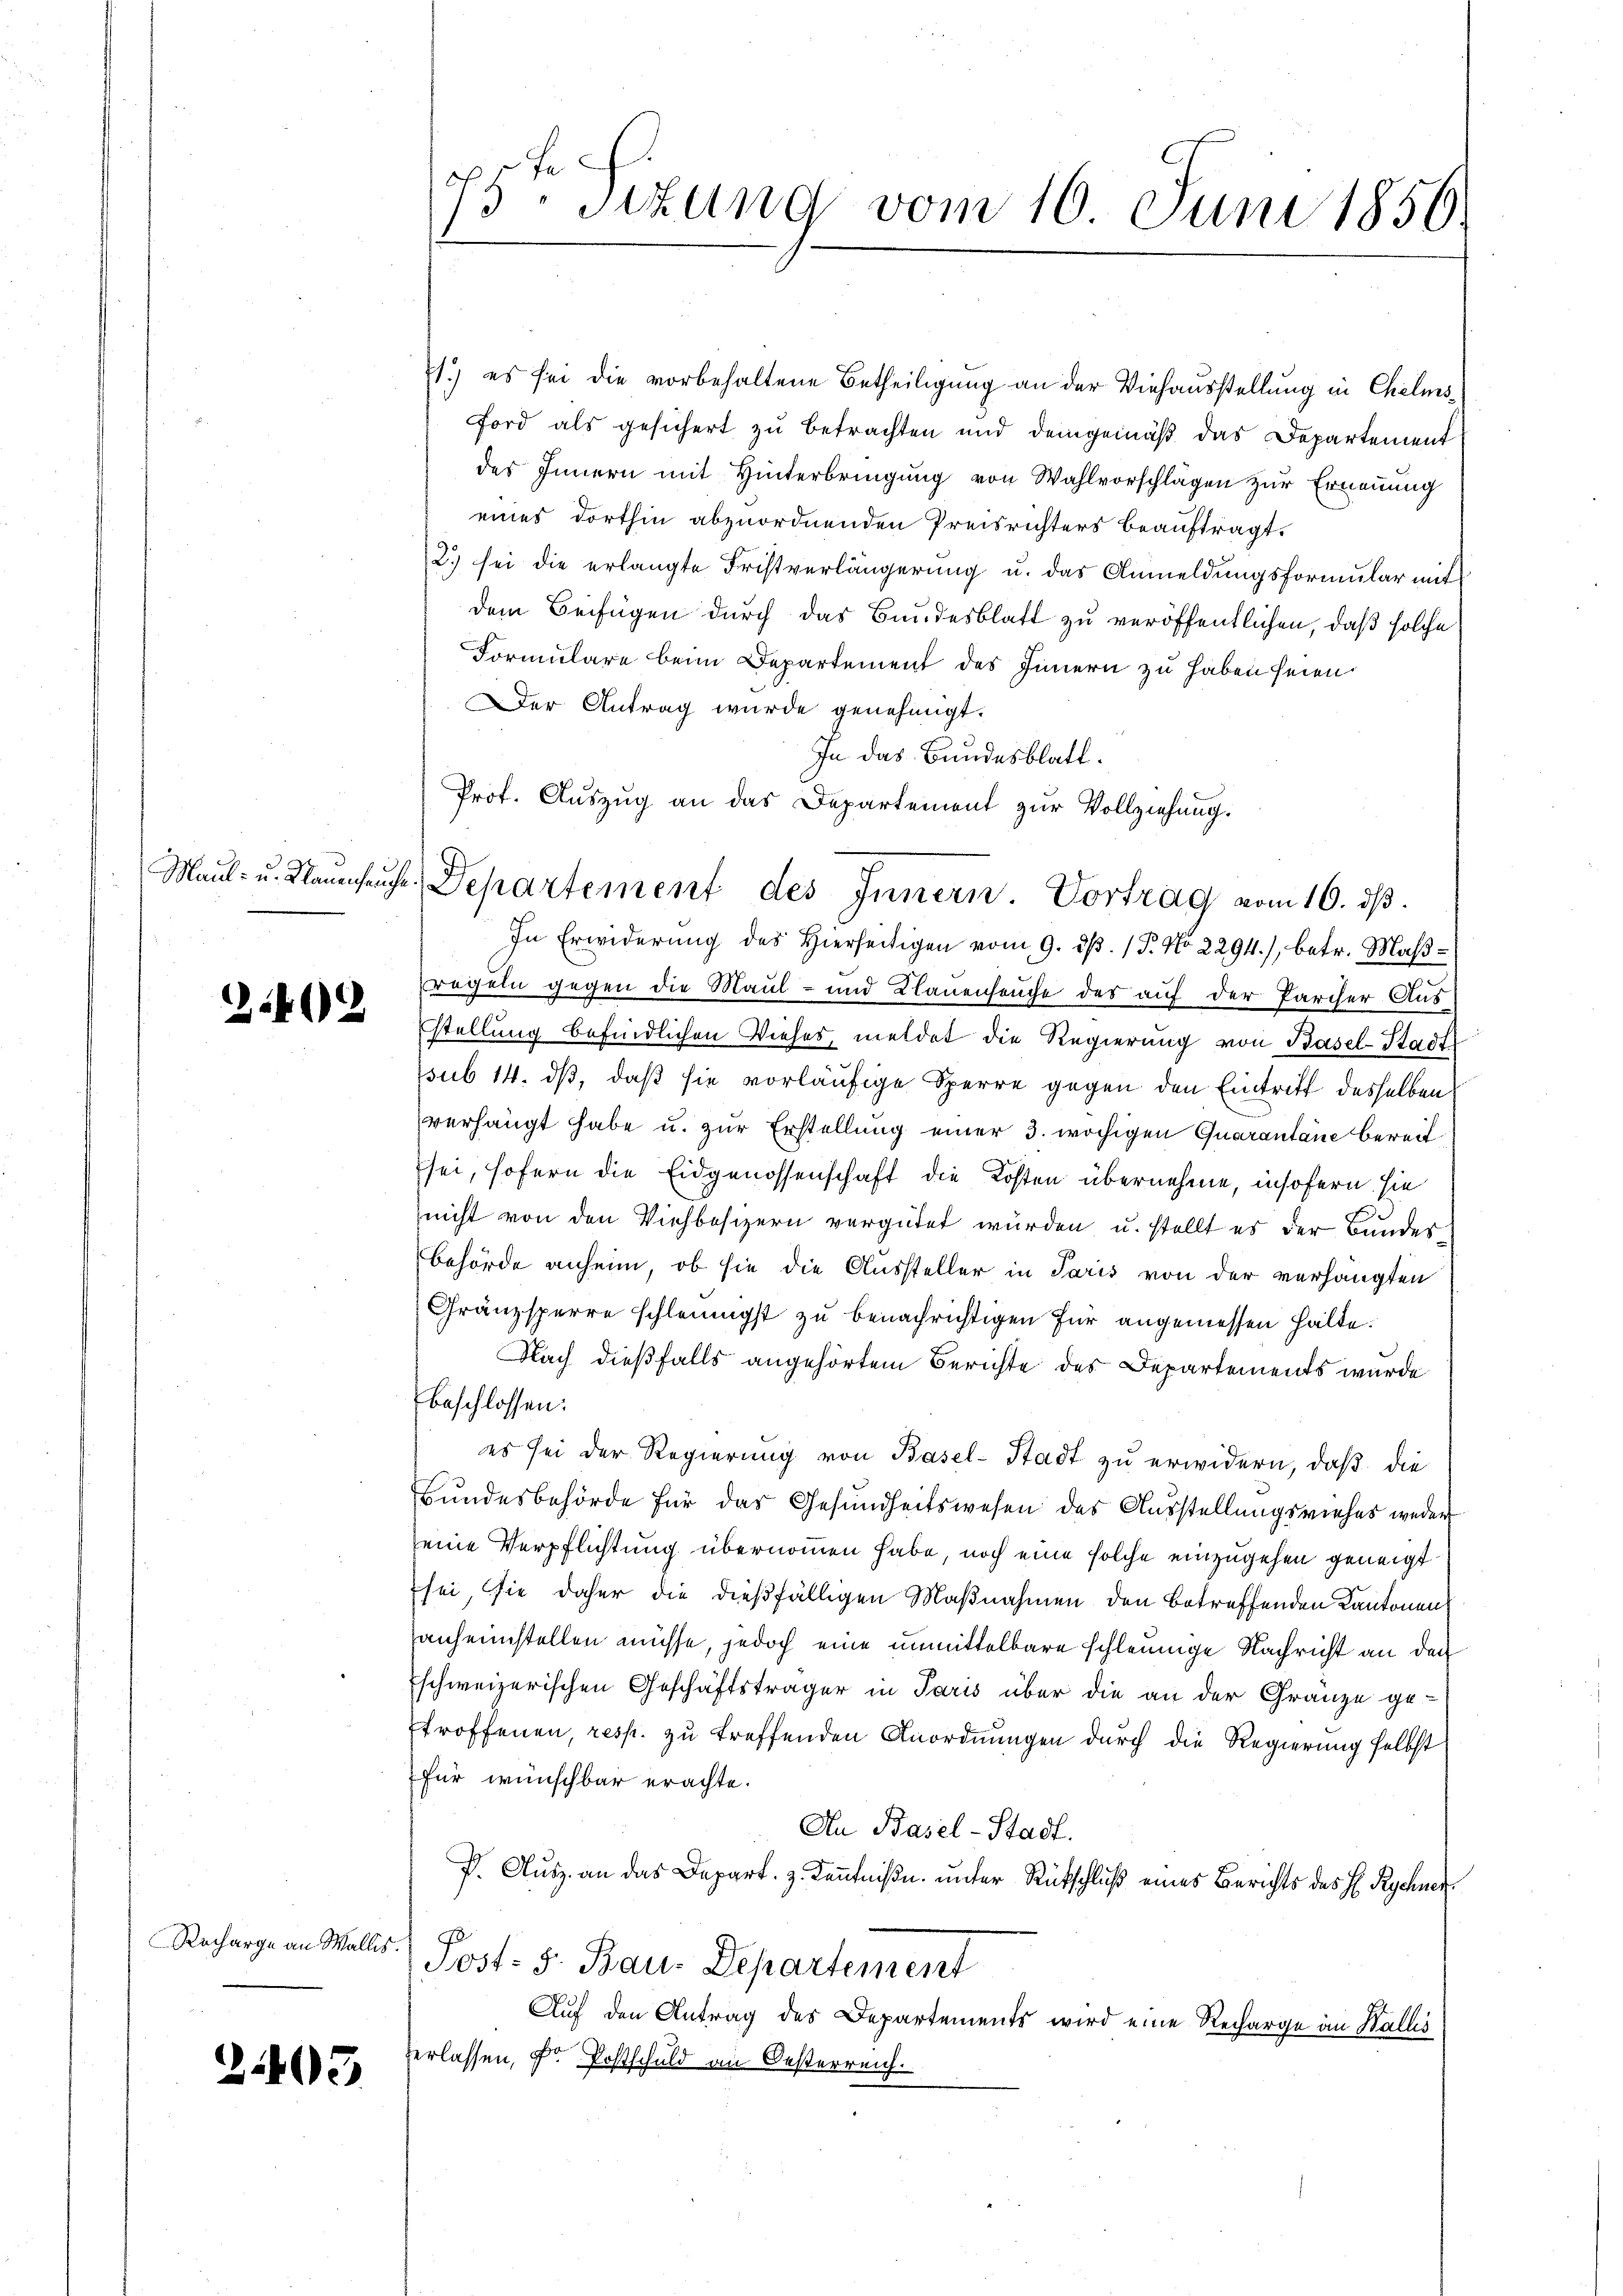
3402

Recharge an Wallis.

.

.

71.) es sei die vorbehaltene Betheiligung an der Viehausstellung in Chelmsford als gesichert zu betrachten und demgemäß das Departement
des Innern mit Hinterbringung von Wahlvorschlägen zur Ernennung
eines dorthin abzuordnenden Preisrichters beauftragt.
2.) sei die erlangte Fristverlängerung u. das Anmeldungsformular mit
dem Beifügen durch das Bundesblatt zu veröffentlichen, daß solche
Formulare beim Departement des Innern zu haben seien.
Der Antrag wurde genehmigt.
In das Bundesblatt.
In Erwiderung des Hierseitigen vom 9. dβ. (T. No 2294), betr. Maß¬
Fregeln gegen die Maul- und Klauenseuche des auf der Parcher Ausstellung befindlichen Viehes, meldet die Regierung von Basel-Stadt
psub 14. dß, daß sie vorläufige Sperre gegen den Eintritt desselben
verhängt habe u. zur Erstellung einer 3. wöchigen Quarantane bereitsei, sofern die Eidgenossenschaft die Kosten übernehme, insofern sie
nicht von den Viehbesizern vergütet würden, u. stellt es der Bundes¬
Behörde anheim, ob sie die Aussteller in Paris von der verhängten
Gränzsperre schleunigst zu benachrichtigen für angemessen halte.
Nach dießfalls angehörtem Berichte des Departements wurde
beschlossen:
es sei der Regierung von Basel-Stadt zu erwidern, daß die
Bundesbehörde für das Gesundheitswesen des Ausstellungsviehes weder
seine Verpflichtung übernommen habe, noch eine solche einzugehen geneigt
sei, sie daher die dießfälligen Maßnahmen den betreffenden Kantonen
anheimstellen müsse, jedoch eine unmittelbare schleunige Nachricht an den
schweizerischen Geschäftsträger in Paris über die an der Gränze ge-
troffenen, resp. zu treffenden Anordnungen durch die Regierung selbst
für wünschbar erachte.
An Basel-Stadt.
P. Ausz. an das Depart. 3. Kenntnißn. unter Rückschluß eines Berichts des H. Rechner
Post- 5. Bau. Departement
Auf den Antrag des Departements wird eine Recharge an Wallis
Verlassen, Dr. Postschuld an Oesterreich.

75. Sitzung vom 10. Juni 1850.

Prof. Auszug an das Departement zur Vollziehung.
Maul- u. Neuenhaŭse Departement des Innern. Vortrag vom 16. dβ.